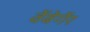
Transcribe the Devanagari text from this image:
वेंबेर्गेर